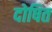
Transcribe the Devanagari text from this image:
दोषित